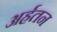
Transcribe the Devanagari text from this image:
अर्हतन